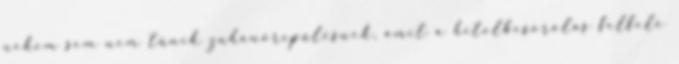
nekem sem nem tűnik zuhanórepülésnek, amit a hitelbesorolás felfelé